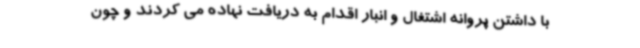
با داشتن پروانه اشتغال و انبار اقدام به دریافت نهاده می کردند و چون